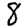
Digit: 8